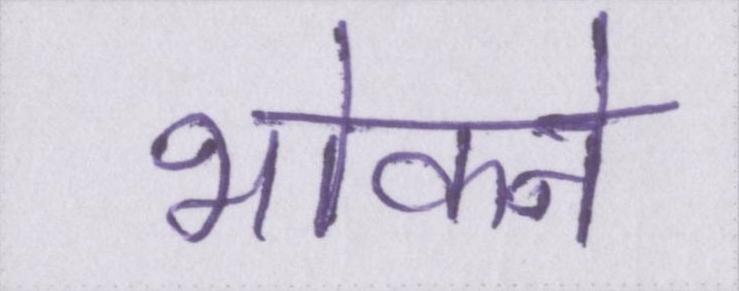
भोकने